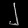
Digit: ၂